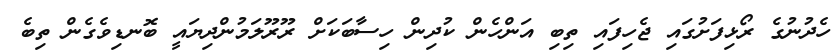
ހެދުނުގެ ރޯޅިފަށުގައި ޖެހިފައި ތިބި އަންހެން ކުދިން ހިސާބަކަށް ރޫރޫލަމުންދިޔައީ ބޮނޑިވެގެން ތިބެ